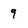
Character: 9